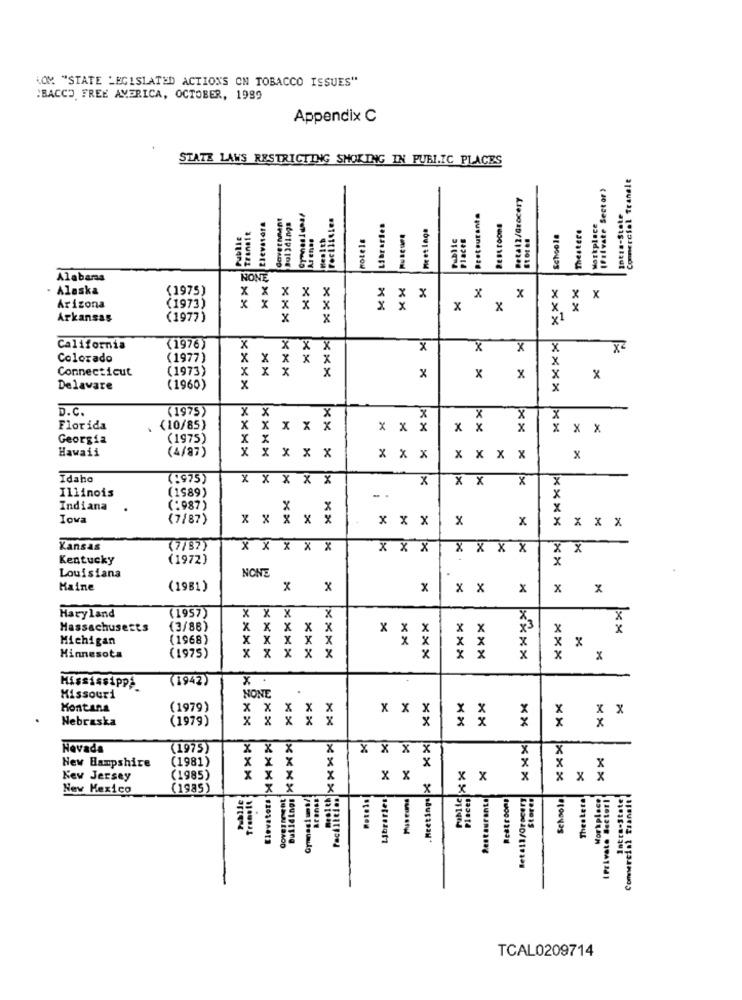
(OM "STATE LEGISLATED ACTIONS ON TOBACCO ISSUES"
:BACCO FREE AMERICA, OCTOBER, 1989
Appendix C
STATE LAWS RESTRICTING SHOKING IN PUBLIC PLACES
Commercial Tranele
(Paivate Sector )
Petal2/Grocery
davetivient
Dol 34ings
Protoutinte
Ints-State
XXX Transit
Libraries
Meet Ings
Theatere
Workplace
Public
Arenas
Hotels
public
Places
Schoola
Alabamaa
NONE
× ×
Alaska
(1975)
x
x
x
x
x
x
X
x
Arizona
(1973)
x
x
x
x
×
Arkansas
(1977)
x
x
xxxx
xxxx
California
(1976)
x
x
x
x
x
x
X
Colorado
(1977)
x
x
Connecticut
(1973)
x
x
x
x
x
x
Delavare
(1960)
x
XX
D. C.
(1975)
x
X
x
x
x
X
Florida
(10/85)
x x x x x
x x x
x x
x x x
Georgia
(1975)
XX
Hawaii
(4/87)
:x x X X
X X X
x x x x
x
Idaho
(:975)
x X X X X
X
X
X
Illinois
(1989)
X X
Indiana
(:987)
X
X
Iova
(7/87)
X X X X x
x x x
x
x
x
X
x x
Kansas
(7/87)
X X X X X
X X X
X X X X
X
x
Kentucky
(1972)
x
Louisiana
NONE
Maine
(1981)
x
x x
X
X
x
Maryland
XX
X
X
(1957)
×××
***
x
Massachusetts
(3/88)
X
X
x
X
x
x
X
X
x
x
Michigan
(1968)
X
XX
X
X
x
x
x X
X
X
X
x
x
Minnesota
(1975)
x
x
(1942)
X .
Mississippi
Missouri
NONE
Montana
(1979)
x
x
x
x
x
x
Nebraska
(1979)
x
x
x
x
x
x
x
x
*** X
XXX
Nevada
(1975)
x
x
x
X X X
X
New Hampshire
(1981)
x
x
x
x
.Meeting: X
x
New Jersey
(1985)
x
x x
x
x
x
x
x
New Mexico
(1985)
Libraries
Museos
Places
Restaurante
Restrooms
Schoola
Theetete
Workplace
( Private Sector!
Commercial Transit
TCAL0209714